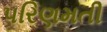
પરિણમતી